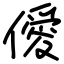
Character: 僾